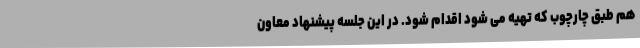
هم طبق چارچوب که تهیه می شود اقدام شود. در این جلسه پیشنهاد معاون